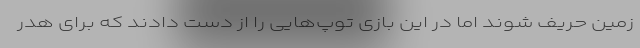
زمین حریف شوند اما در این بازی توپ‌هایی را از دست دادند که برای هدر